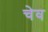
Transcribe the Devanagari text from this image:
चेव